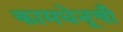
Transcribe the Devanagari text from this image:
कामधेनूची